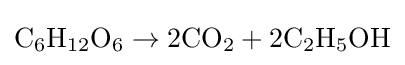
\mathrm {C_{6}H_{12}O_{6}\rightarrow 2CO_{2}+2C_{2}H_{5}OH}